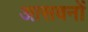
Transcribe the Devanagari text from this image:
आसवनों